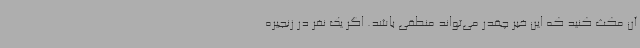
آن مکث کنید که این خبر چقدر می‌تواند منطقی باشد. اگر یک نفر در زنجیره